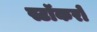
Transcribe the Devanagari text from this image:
स्टॉकरों